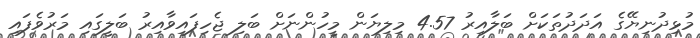
މުޅިދުނިޔޭގެ އަދަދުތަކަށް ބަލާއިރު 4.57 މިލިޔަން މީހުންނަށް ބަލި ޖެހިފައިވާއިރު ބަލީގައި މަރުވެފައި